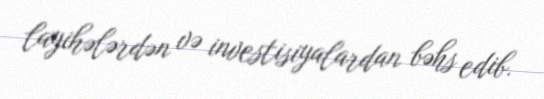
layihələrdən və investisiyalardan bəhs edib.